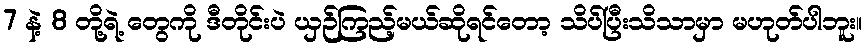
7 နဲ့ 8 တို့ရဲ့ တွေကို ဒီတိုင်းပဲ ယှဉ်ကြည့်မယ်ဆိုရင်တော့ သိပ်ပြီးသိသာမှာ မဟုတ်ပါဘူး။